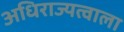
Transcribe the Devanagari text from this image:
अधिराज्यत्वाला